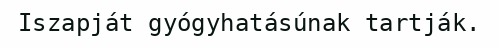
Iszapját gyógyhatásúnak tartják.